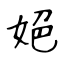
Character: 𡜆